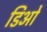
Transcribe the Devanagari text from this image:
डिओं